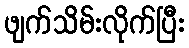
ဖျက်သိမ်းလိုက်ပြီး